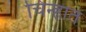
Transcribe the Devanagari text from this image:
चिंन्हात